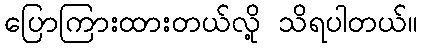
ပြောကြားထားတယ်လို့ သိရပါတယ်။